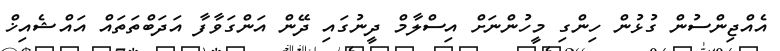
އެއްޖިންސުން ގުޅުން ހިންގި މީހުންނަށް އިސްލާމް ދީނުގައި ދޭން އަންގަވާފާ އަދަބްތަތައް އައްޝެއިޚް